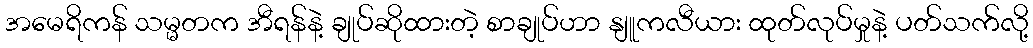
အမေရိကန် သမ္မတက အီရန်နဲ့ ချုပ်ဆိုထားတဲ့ စာချုပ်ဟာ နျူကလီယား ထုတ်လုပ်မှုနဲ့ ပတ်သက်လို့